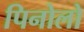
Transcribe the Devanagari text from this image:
पिनोलो